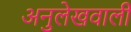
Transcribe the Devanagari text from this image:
अनुलेखवाली